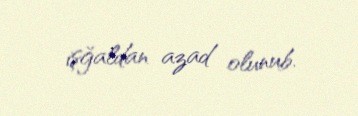
işğaldan azad olunub.